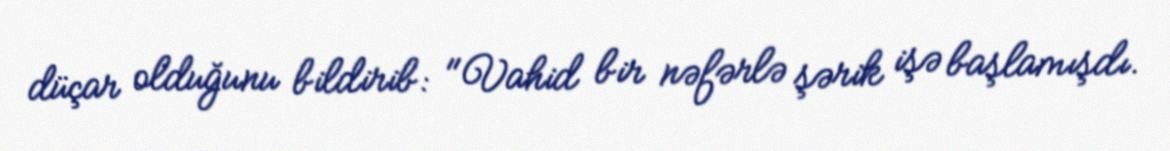
düçar olduğunu bildirib: "Vahid bir nəfərlə şərik işə başlamışdı.